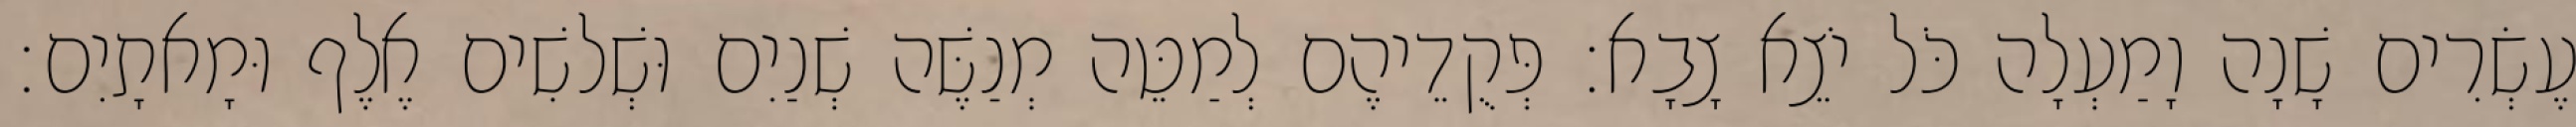
עֶשְׂרִים שָׁנָה וָמַעְלָה כֹּל יֹצֵא צָבָא׃ פְּקֻדֵיהֶם לְמַטֵּה מְנַשֶּׁה שְׁנַיִם וּשְׁלשִׁים אֶלֶף וּמָאתָיִם׃